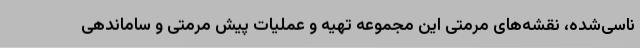
ناسی‌شده، نقشه‌های مرمتی این مجموعه تهیه و عملیات پیش مرمتی و ساماندهی